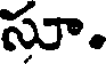
సూ.